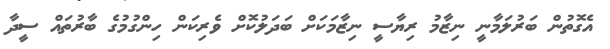
އެގޮތުން ބަރުލަމާނީ ނިޒާމު ރިޔާސީ ނިޒާމަކަށް ބަދަލުކޮށް ވެރިކަން ހިންގުމުގެ ބާރުތައް ސީދާ